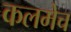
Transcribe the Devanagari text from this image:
कलमेच